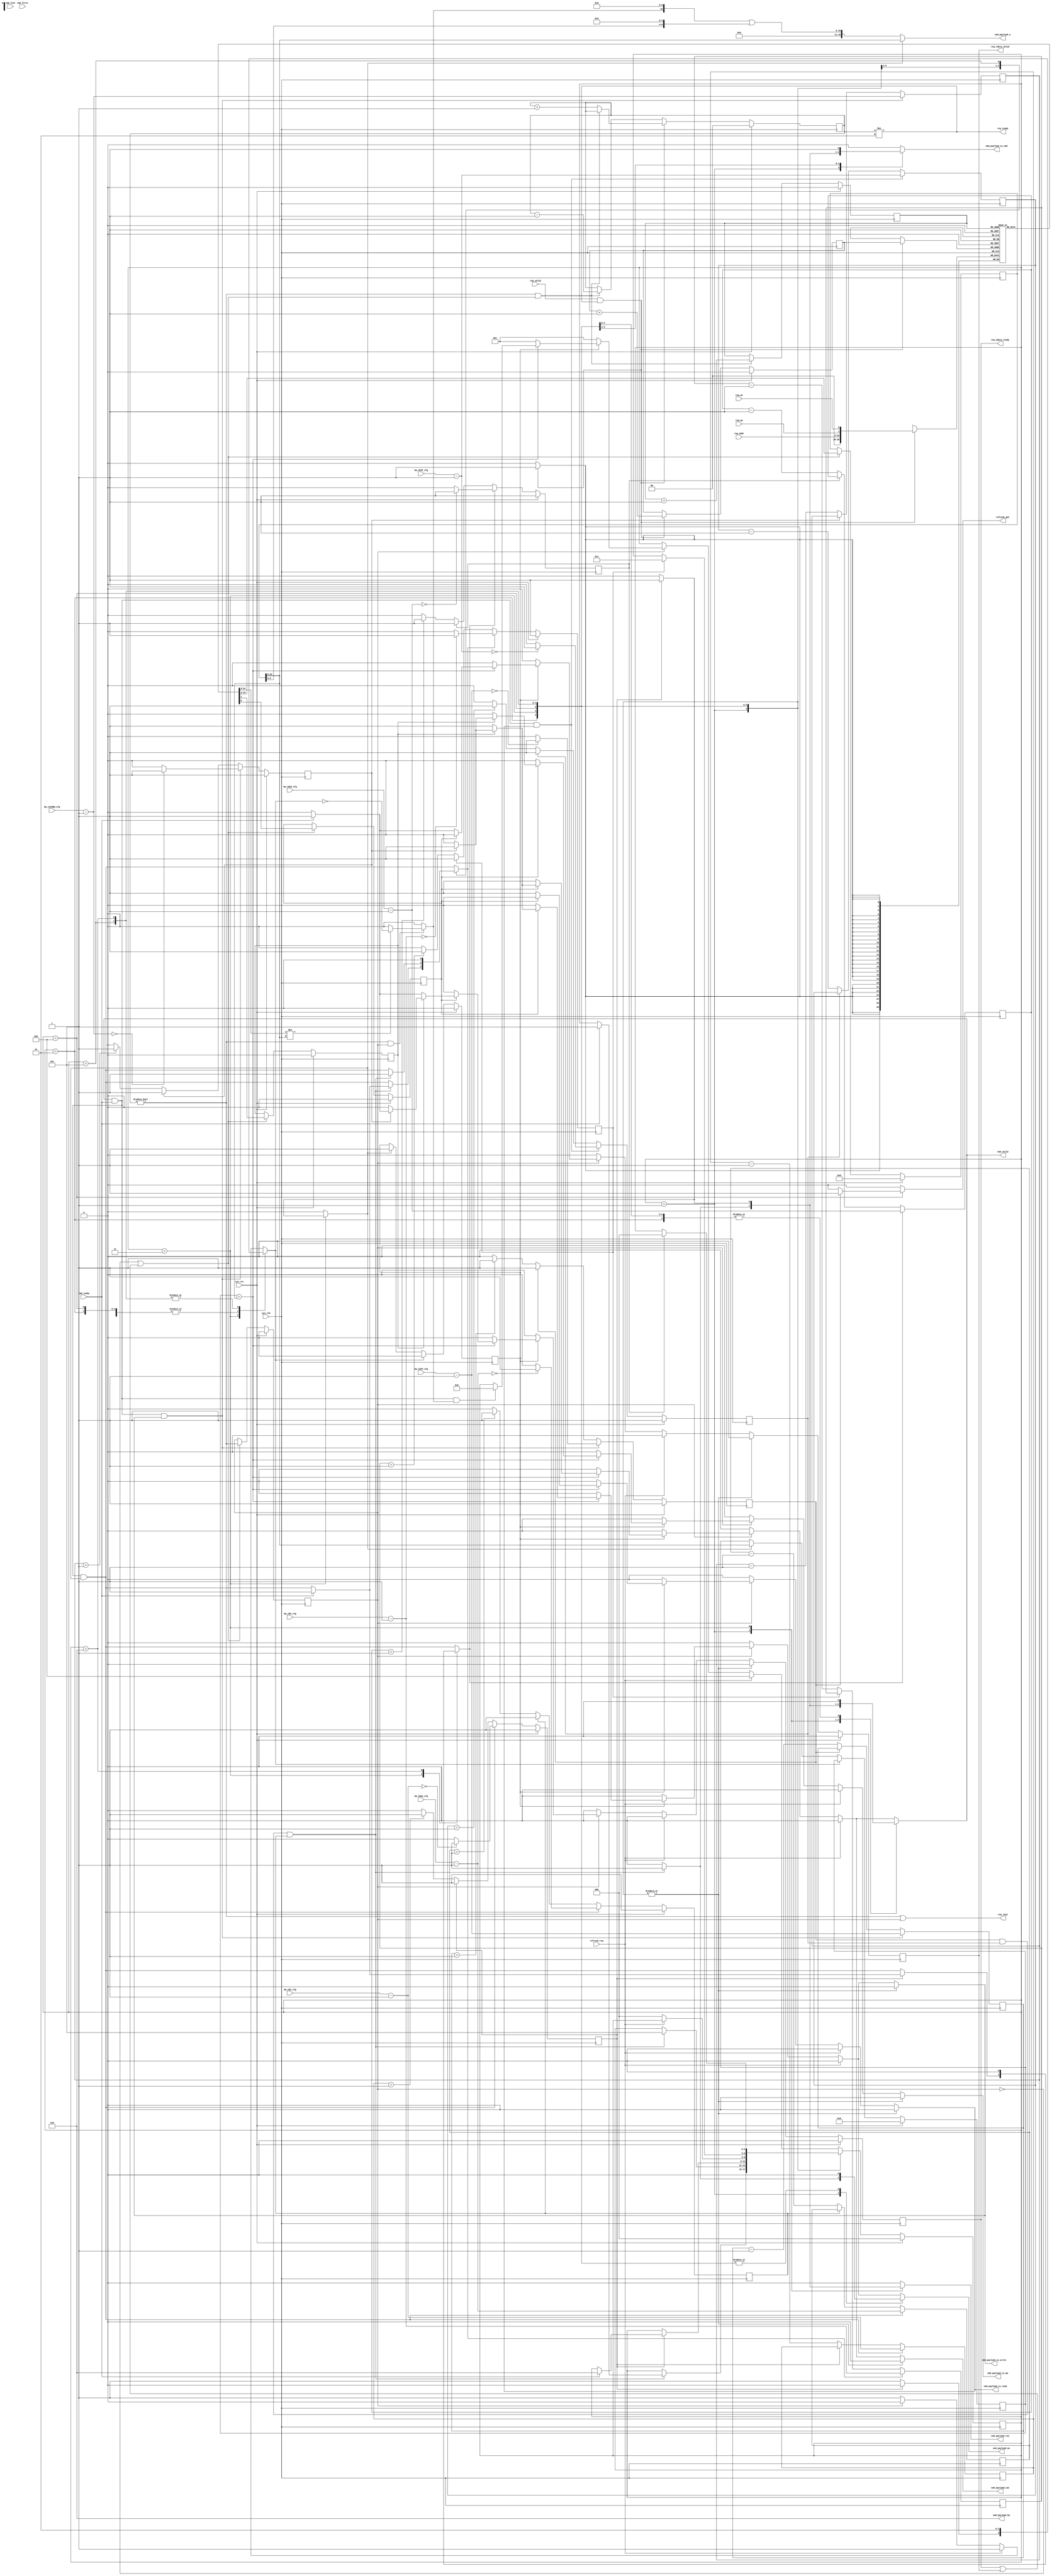
/* Machine-generated using Migen */
module bankmachine_6(
	input req_valid,
	output req_ready,
	input req_mw,
	input req_we,
	input [22:0] req_addr,
	output req_lock,
	output reg req_wdata_ready,
	output reg req_rdata_valid,
	input refresh_req,
	output reg refresh_gnt,
	output reg cmd_valid,
	input cmd_ready,
	input cmd_first,
	input cmd_last,
	output reg [16:0] cmd_payload_a,
	output [2:0] cmd_payload_ba,
	output reg cmd_payload_cas,
	output reg cmd_payload_ras,
	output reg cmd_payload_we,
	output reg cmd_payload_is_cmd,
	output reg cmd_payload_is_read,
	output reg cmd_payload_is_write,
	output reg cmd_payload_is_mw,
	input [7:0] bm_tRTP_cfg,
	input [7:0] bm_tWTP_cfg,
	input [7:0] bm_tRC_cfg,
	input [7:0] bm_tRAS_cfg,
	input [7:0] bm_tRP_cfg,
	input [7:0] bm_tRCD_cfg,
	input [7:0] bm_tCCDMW_cfg,
	input sys_clk,
	input sys_rst
);

reg auto_precharge;
wire cmd_buffer_lookahead_sink_valid;
wire cmd_buffer_lookahead_sink_ready;
reg cmd_buffer_lookahead_sink_first = 1'd0;
reg cmd_buffer_lookahead_sink_last = 1'd0;
wire cmd_buffer_lookahead_sink_payload_we;
wire cmd_buffer_lookahead_sink_payload_mw;
wire [22:0] cmd_buffer_lookahead_sink_payload_addr;
wire cmd_buffer_lookahead_source_valid;
wire cmd_buffer_lookahead_source_ready;
wire cmd_buffer_lookahead_source_first;
wire cmd_buffer_lookahead_source_last;
wire cmd_buffer_lookahead_source_payload_we;
wire cmd_buffer_lookahead_source_payload_mw;
wire [22:0] cmd_buffer_lookahead_source_payload_addr;
wire cmd_buffer_lookahead_syncfifo_we;
wire cmd_buffer_lookahead_syncfifo_writable;
wire cmd_buffer_lookahead_syncfifo_re;
wire cmd_buffer_lookahead_syncfifo_readable;
wire [26:0] cmd_buffer_lookahead_syncfifo_din;
wire [26:0] cmd_buffer_lookahead_syncfifo_dout;
reg [1:0] cmd_buffer_lookahead_level = 2'd0;
reg cmd_buffer_lookahead_replace = 1'd0;
reg cmd_buffer_lookahead_produce = 1'd0;
reg cmd_buffer_lookahead_consume = 1'd0;
reg cmd_buffer_lookahead_wrport_adr;
wire [26:0] cmd_buffer_lookahead_wrport_dat_r;
wire cmd_buffer_lookahead_wrport_we;
wire [26:0] cmd_buffer_lookahead_wrport_dat_w;
wire cmd_buffer_lookahead_do_read;
wire cmd_buffer_lookahead_rdport_adr;
wire [26:0] cmd_buffer_lookahead_rdport_dat_r;
wire cmd_buffer_lookahead_fifo_in_payload_we;
wire cmd_buffer_lookahead_fifo_in_payload_mw;
wire [22:0] cmd_buffer_lookahead_fifo_in_payload_addr;
wire cmd_buffer_lookahead_fifo_in_first;
wire cmd_buffer_lookahead_fifo_in_last;
wire cmd_buffer_lookahead_fifo_out_payload_we;
wire cmd_buffer_lookahead_fifo_out_payload_mw;
wire [22:0] cmd_buffer_lookahead_fifo_out_payload_addr;
wire cmd_buffer_lookahead_fifo_out_first;
wire cmd_buffer_lookahead_fifo_out_last;
wire cmd_buffer_sink_valid;
wire cmd_buffer_sink_ready;
wire cmd_buffer_sink_first;
wire cmd_buffer_sink_last;
wire cmd_buffer_sink_payload_we;
wire cmd_buffer_sink_payload_mw;
wire [22:0] cmd_buffer_sink_payload_addr;
reg cmd_buffer_source_valid = 1'd0;
wire cmd_buffer_source_ready;
reg cmd_buffer_source_first = 1'd0;
reg cmd_buffer_source_last = 1'd0;
reg cmd_buffer_source_payload_we = 1'd0;
reg cmd_buffer_source_payload_mw = 1'd0;
reg [22:0] cmd_buffer_source_payload_addr = 23'd0;
reg [16:0] row = 17'd0;
reg row_opened = 1'd0;
wire row_hit;
reg row_open;
reg row_close;
reg row_col_n_addr_sel;
wire tccdmwcon_valid;
(* no_retiming = "true" *) reg tccdmwcon_ready = 1'd1;
reg [7:0] tccdmwcon_count = 8'd0;
wire trtpcon_valid;
(* no_retiming = "true" *) reg trtpcon_ready = 1'd1;
reg [7:0] trtpcon_count = 8'd0;
wire twtpcon_valid;
(* no_retiming = "true" *) reg twtpcon_ready = 1'd1;
reg [7:0] twtpcon_count = 8'd0;
wire trccon_valid;
(* no_retiming = "true" *) reg trccon_ready = 1'd1;
reg [7:0] trccon_count = 8'd0;
wire trascon_valid;
(* no_retiming = "true" *) reg trascon_ready = 1'd1;
reg [7:0] trascon_count = 8'd0;
reg trpcon_valid;
(* no_retiming = "true" *) reg trpcon_ready = 1'd1;
reg [7:0] trpcon_count = 8'd0;
reg trcdcon_valid;
(* no_retiming = "true" *) reg trcdcon_ready = 1'd1;
reg [7:0] trcdcon_count = 8'd0;
reg [2:0] state = 3'd0;
reg [2:0] next_state;
reg req_rdata_valid_next_value0;
reg req_rdata_valid_next_value_ce0;
reg req_wdata_ready_next_value1;
reg req_wdata_ready_next_value_ce1;

// synthesis translate_off
reg dummy_s;
initial dummy_s <= 1'd0;
// synthesis translate_on

assign cmd_buffer_lookahead_sink_valid = req_valid;
assign req_ready = cmd_buffer_lookahead_sink_ready;
assign cmd_buffer_lookahead_sink_payload_mw = req_mw;
assign cmd_buffer_lookahead_sink_payload_we = req_we;
assign cmd_buffer_lookahead_sink_payload_addr = req_addr;
assign cmd_buffer_sink_valid = cmd_buffer_lookahead_source_valid;
assign cmd_buffer_lookahead_source_ready = cmd_buffer_sink_ready;
assign cmd_buffer_sink_first = cmd_buffer_lookahead_source_first;
assign cmd_buffer_sink_last = cmd_buffer_lookahead_source_last;
assign cmd_buffer_sink_payload_we = cmd_buffer_lookahead_source_payload_we;
assign cmd_buffer_sink_payload_mw = cmd_buffer_lookahead_source_payload_mw;
assign cmd_buffer_sink_payload_addr = cmd_buffer_lookahead_source_payload_addr;
assign cmd_buffer_source_ready = (req_wdata_ready | req_rdata_valid);
assign req_lock = (cmd_buffer_lookahead_source_valid | cmd_buffer_source_valid);
assign row_hit = (row == cmd_buffer_source_payload_addr[22:6]);
assign cmd_payload_ba = 3'd6;

// synthesis translate_off
reg dummy_d;
// synthesis translate_on
always @(*) begin
	cmd_payload_a <= 17'd0;
	if (row_col_n_addr_sel) begin
		cmd_payload_a <= cmd_buffer_source_payload_addr[22:6];
	end else begin
		cmd_payload_a <= ((auto_precharge <<< 4'd10) | {cmd_buffer_source_payload_addr[5:0], {4{1'd0}}});
	end
// synthesis translate_off
	dummy_d <= dummy_s;
// synthesis translate_on
end
assign tccdmwcon_valid = ((cmd_valid & cmd_ready) & cmd_payload_is_write);
assign trtpcon_valid = ((cmd_valid & cmd_ready) & cmd_payload_is_read);
assign twtpcon_valid = ((cmd_valid & cmd_ready) & cmd_payload_is_write);
assign trccon_valid = ((cmd_valid & cmd_ready) & row_open);
assign trascon_valid = ((cmd_valid & cmd_ready) & row_open);

// synthesis translate_off
reg dummy_d_1;
// synthesis translate_on
always @(*) begin
	auto_precharge <= 1'd0;
	if ((cmd_buffer_lookahead_source_valid & cmd_buffer_source_valid)) begin
		if ((cmd_buffer_lookahead_source_payload_addr[22:6] != cmd_buffer_source_payload_addr[22:6])) begin
			auto_precharge <= (row_close == 1'd0);
		end
	end
// synthesis translate_off
	dummy_d_1 <= dummy_s;
// synthesis translate_on
end
assign cmd_buffer_lookahead_syncfifo_din = {cmd_buffer_lookahead_fifo_in_last, cmd_buffer_lookahead_fifo_in_first, cmd_buffer_lookahead_fifo_in_payload_addr, cmd_buffer_lookahead_fifo_in_payload_mw, cmd_buffer_lookahead_fifo_in_payload_we};
assign {cmd_buffer_lookahead_fifo_out_last, cmd_buffer_lookahead_fifo_out_first, cmd_buffer_lookahead_fifo_out_payload_addr, cmd_buffer_lookahead_fifo_out_payload_mw, cmd_buffer_lookahead_fifo_out_payload_we} = cmd_buffer_lookahead_syncfifo_dout;
assign cmd_buffer_lookahead_sink_ready = cmd_buffer_lookahead_syncfifo_writable;
assign cmd_buffer_lookahead_syncfifo_we = cmd_buffer_lookahead_sink_valid;
assign cmd_buffer_lookahead_fifo_in_first = cmd_buffer_lookahead_sink_first;
assign cmd_buffer_lookahead_fifo_in_last = cmd_buffer_lookahead_sink_last;
assign cmd_buffer_lookahead_fifo_in_payload_we = cmd_buffer_lookahead_sink_payload_we;
assign cmd_buffer_lookahead_fifo_in_payload_mw = cmd_buffer_lookahead_sink_payload_mw;
assign cmd_buffer_lookahead_fifo_in_payload_addr = cmd_buffer_lookahead_sink_payload_addr;
assign cmd_buffer_lookahead_source_valid = cmd_buffer_lookahead_syncfifo_readable;
assign cmd_buffer_lookahead_source_first = cmd_buffer_lookahead_fifo_out_first;
assign cmd_buffer_lookahead_source_last = cmd_buffer_lookahead_fifo_out_last;
assign cmd_buffer_lookahead_source_payload_we = cmd_buffer_lookahead_fifo_out_payload_we;
assign cmd_buffer_lookahead_source_payload_mw = cmd_buffer_lookahead_fifo_out_payload_mw;
assign cmd_buffer_lookahead_source_payload_addr = cmd_buffer_lookahead_fifo_out_payload_addr;
assign cmd_buffer_lookahead_syncfifo_re = cmd_buffer_lookahead_source_ready;

// synthesis translate_off
reg dummy_d_2;
// synthesis translate_on
always @(*) begin
	cmd_buffer_lookahead_wrport_adr <= 1'd0;
	if (cmd_buffer_lookahead_replace) begin
		cmd_buffer_lookahead_wrport_adr <= (cmd_buffer_lookahead_produce - 1'd1);
	end else begin
		cmd_buffer_lookahead_wrport_adr <= cmd_buffer_lookahead_produce;
	end
// synthesis translate_off
	dummy_d_2 <= dummy_s;
// synthesis translate_on
end
assign cmd_buffer_lookahead_wrport_dat_w = cmd_buffer_lookahead_syncfifo_din;
assign cmd_buffer_lookahead_wrport_we = (cmd_buffer_lookahead_syncfifo_we & (cmd_buffer_lookahead_syncfifo_writable | cmd_buffer_lookahead_replace));
assign cmd_buffer_lookahead_do_read = (cmd_buffer_lookahead_syncfifo_readable & cmd_buffer_lookahead_syncfifo_re);
assign cmd_buffer_lookahead_rdport_adr = cmd_buffer_lookahead_consume;
assign cmd_buffer_lookahead_syncfifo_dout = cmd_buffer_lookahead_rdport_dat_r;
assign cmd_buffer_lookahead_syncfifo_writable = (cmd_buffer_lookahead_level != 2'd2);
assign cmd_buffer_lookahead_syncfifo_readable = (cmd_buffer_lookahead_level != 1'd0);
assign cmd_buffer_sink_ready = ((~cmd_buffer_source_valid) | cmd_buffer_source_ready);

// synthesis translate_off
reg dummy_d_3;
// synthesis translate_on
always @(*) begin
	refresh_gnt <= 1'd0;
	cmd_valid <= 1'd0;
	cmd_payload_cas <= 1'd0;
	cmd_payload_ras <= 1'd0;
	cmd_payload_we <= 1'd0;
	cmd_payload_is_cmd <= 1'd0;
	cmd_payload_is_read <= 1'd0;
	cmd_payload_is_write <= 1'd0;
	cmd_payload_is_mw <= 1'd0;
	row_open <= 1'd0;
	row_close <= 1'd1;
	row_col_n_addr_sel <= 1'd0;
	trpcon_valid <= 1'd0;
	trcdcon_valid <= 1'd0;
	next_state <= 3'd0;
	req_rdata_valid_next_value0 <= 1'd0;
	req_rdata_valid_next_value_ce0 <= 1'd0;
	req_wdata_ready_next_value1 <= 1'd0;
	req_wdata_ready_next_value_ce1 <= 1'd0;
	trpcon_valid <= ((cmd_valid & cmd_ready) & row_open);
	trcdcon_valid <= ((cmd_valid & cmd_ready) & row_open);
	next_state <= state;
	case (state)
		1'd1: begin
			req_rdata_valid_next_value0 <= 1'd0;
			req_rdata_valid_next_value_ce0 <= 1'd1;
			req_wdata_ready_next_value1 <= 1'd0;
			req_wdata_ready_next_value_ce1 <= 1'd1;
			if (((twtpcon_ready & trtpcon_ready) & trascon_ready)) begin
				cmd_valid <= 1'd1;
				if (cmd_ready) begin
					next_state <= 3'd5;
					trpcon_valid <= 1'd1;
				end
				cmd_payload_ras <= 1'd1;
				cmd_payload_cas <= 1'd0;
				cmd_payload_we <= 1'd1;
				cmd_payload_is_cmd <= 1'd1;
			end
			row_close <= 1'd1;
		end
		2'd2: begin
			req_rdata_valid_next_value0 <= 1'd0;
			req_rdata_valid_next_value_ce0 <= 1'd1;
			req_wdata_ready_next_value1 <= 1'd0;
			req_wdata_ready_next_value_ce1 <= 1'd1;
			if (((twtpcon_ready & trtpcon_ready) & trascon_ready)) begin
				next_state <= 3'd5;
				trpcon_valid <= 1'd1;
			end
			row_close <= 1'd1;
		end
		2'd3: begin
			req_rdata_valid_next_value0 <= 1'd0;
			req_rdata_valid_next_value_ce0 <= 1'd1;
			req_wdata_ready_next_value1 <= 1'd0;
			req_wdata_ready_next_value_ce1 <= 1'd1;
			if (trccon_ready) begin
				row_col_n_addr_sel <= 1'd1;
				row_close <= 1'd0;
				row_open <= 1'd1;
				cmd_valid <= 1'd1;
				cmd_payload_is_cmd <= 1'd1;
				if (cmd_ready) begin
					next_state <= 3'd6;
					trcdcon_valid <= 1'd1;
				end
				cmd_payload_ras <= 1'd1;
			end
		end
		3'd4: begin
			req_rdata_valid_next_value0 <= 1'd0;
			req_rdata_valid_next_value_ce0 <= 1'd1;
			req_wdata_ready_next_value1 <= 1'd0;
			req_wdata_ready_next_value_ce1 <= 1'd1;
			if (twtpcon_ready) begin
				refresh_gnt <= 1'd1;
			end
			row_close <= 1'd1;
			cmd_payload_is_cmd <= 1'd1;
			if ((~refresh_req)) begin
				next_state <= 1'd0;
			end
		end
		3'd5: begin
			req_rdata_valid_next_value0 <= 1'd0;
			req_rdata_valid_next_value_ce0 <= 1'd1;
			req_wdata_ready_next_value1 <= 1'd0;
			req_wdata_ready_next_value_ce1 <= 1'd1;
			row_close <= 1'd0;
			trpcon_valid <= 1'd0;
			if (trpcon_ready) begin
				next_state <= 2'd3;
			end
		end
		3'd6: begin
			req_rdata_valid_next_value0 <= 1'd0;
			req_rdata_valid_next_value_ce0 <= 1'd1;
			req_wdata_ready_next_value1 <= 1'd0;
			req_wdata_ready_next_value_ce1 <= 1'd1;
			row_close <= 1'd0;
			trcdcon_valid <= 1'd0;
			if (trcdcon_ready) begin
				next_state <= 1'd0;
			end
		end
		default: begin
			req_rdata_valid_next_value0 <= 1'd0;
			req_rdata_valid_next_value_ce0 <= 1'd1;
			req_wdata_ready_next_value1 <= 1'd0;
			req_wdata_ready_next_value_ce1 <= 1'd1;
			if (refresh_req) begin
				next_state <= 3'd4;
			end else begin
				if (cmd_buffer_source_valid) begin
					row_close <= 1'd0;
					if (row_opened) begin
						if (row_hit) begin
							if (cmd_buffer_source_payload_we) begin
								if (cmd_buffer_source_payload_mw) begin
									if (tccdmwcon_ready) begin
										cmd_valid <= 1'd1;
										cmd_payload_is_mw <= 1'd1;
										if (cmd_ready) begin
											req_wdata_ready_next_value1 <= 1'd1;
											req_wdata_ready_next_value_ce1 <= 1'd1;
										end else begin
											req_wdata_ready_next_value1 <= 1'd0;
											req_wdata_ready_next_value_ce1 <= 1'd1;
										end
										cmd_payload_is_write <= 1'd1;
										cmd_payload_cas <= 1'd1;
										cmd_payload_we <= 1'd1;
									end else begin
										req_wdata_ready_next_value1 <= 1'd0;
										req_wdata_ready_next_value_ce1 <= 1'd1;
									end
								end else begin
									cmd_valid <= 1'd1;
									cmd_payload_is_mw <= 1'd0;
									if (cmd_ready) begin
										req_wdata_ready_next_value1 <= 1'd1;
										req_wdata_ready_next_value_ce1 <= 1'd1;
									end else begin
										req_wdata_ready_next_value1 <= 1'd0;
										req_wdata_ready_next_value_ce1 <= 1'd1;
									end
									cmd_payload_is_write <= 1'd1;
									cmd_payload_we <= 1'd1;
									cmd_payload_cas <= 1'd1;
								end
							end else begin
								cmd_valid <= 1'd1;
								if (cmd_ready) begin
									req_rdata_valid_next_value0 <= 1'd1;
									req_rdata_valid_next_value_ce0 <= 1'd1;
								end else begin
									req_rdata_valid_next_value0 <= 1'd0;
									req_rdata_valid_next_value_ce0 <= 1'd1;
								end
								cmd_payload_is_read <= 1'd1;
								cmd_payload_cas <= 1'd1;
							end
							if (((cmd_valid & cmd_ready) & auto_precharge)) begin
								next_state <= 2'd2;
							end
						end else begin
							next_state <= 1'd1;
						end
					end else begin
						next_state <= 1'd1;
					end
				end
			end
		end
	endcase
// synthesis translate_off
	dummy_d_3 <= dummy_s;
// synthesis translate_on
end

always @(posedge sys_clk) begin
	if (row_close) begin
		row_opened <= 1'd0;
	end else begin
		if (row_open) begin
			row_opened <= 1'd1;
			row <= cmd_buffer_source_payload_addr[22:6];
		end
	end
	if (((cmd_buffer_lookahead_syncfifo_we & cmd_buffer_lookahead_syncfifo_writable) & (~cmd_buffer_lookahead_replace))) begin
		cmd_buffer_lookahead_produce <= (cmd_buffer_lookahead_produce + 1'd1);
	end
	if (cmd_buffer_lookahead_do_read) begin
		cmd_buffer_lookahead_consume <= (cmd_buffer_lookahead_consume + 1'd1);
	end
	if (((cmd_buffer_lookahead_syncfifo_we & cmd_buffer_lookahead_syncfifo_writable) & (~cmd_buffer_lookahead_replace))) begin
		if ((~cmd_buffer_lookahead_do_read)) begin
			cmd_buffer_lookahead_level <= (cmd_buffer_lookahead_level + 1'd1);
		end
	end else begin
		if (cmd_buffer_lookahead_do_read) begin
			cmd_buffer_lookahead_level <= (cmd_buffer_lookahead_level - 1'd1);
		end
	end
	if (((~cmd_buffer_source_valid) | cmd_buffer_source_ready)) begin
		cmd_buffer_source_valid <= cmd_buffer_sink_valid;
		cmd_buffer_source_first <= cmd_buffer_sink_first;
		cmd_buffer_source_last <= cmd_buffer_sink_last;
		cmd_buffer_source_payload_we <= cmd_buffer_sink_payload_we;
		cmd_buffer_source_payload_mw <= cmd_buffer_sink_payload_mw;
		cmd_buffer_source_payload_addr <= cmd_buffer_sink_payload_addr;
	end
	if (tccdmwcon_valid) begin
		tccdmwcon_count <= (bm_tCCDMW_cfg - 1'd1);
		if (((bm_tCCDMW_cfg - 1'd1) == 1'd0)) begin
			tccdmwcon_ready <= 1'd1;
		end else begin
			tccdmwcon_ready <= 1'd0;
		end
	end else begin
		if ((~tccdmwcon_ready)) begin
			tccdmwcon_count <= (tccdmwcon_count - 1'd1);
			if ((tccdmwcon_count == 1'd1)) begin
				tccdmwcon_ready <= 1'd1;
			end
		end
	end
	if (trtpcon_valid) begin
		trtpcon_count <= (bm_tRTP_cfg - 1'd1);
		if (((bm_tRTP_cfg - 1'd1) == 1'd0)) begin
			trtpcon_ready <= 1'd1;
		end else begin
			trtpcon_ready <= 1'd0;
		end
	end else begin
		if ((~trtpcon_ready)) begin
			trtpcon_count <= (trtpcon_count - 1'd1);
			if ((trtpcon_count == 1'd1)) begin
				trtpcon_ready <= 1'd1;
			end
		end
	end
	if (twtpcon_valid) begin
		twtpcon_count <= (bm_tWTP_cfg - 1'd1);
		if (((bm_tWTP_cfg - 1'd1) == 1'd0)) begin
			twtpcon_ready <= 1'd1;
		end else begin
			twtpcon_ready <= 1'd0;
		end
	end else begin
		if ((~twtpcon_ready)) begin
			twtpcon_count <= (twtpcon_count - 1'd1);
			if ((twtpcon_count == 1'd1)) begin
				twtpcon_ready <= 1'd1;
			end
		end
	end
	if (trccon_valid) begin
		trccon_count <= (bm_tRC_cfg - 1'd1);
		if (((bm_tRC_cfg - 1'd1) == 1'd0)) begin
			trccon_ready <= 1'd1;
		end else begin
			trccon_ready <= 1'd0;
		end
	end else begin
		if ((~trccon_ready)) begin
			trccon_count <= (trccon_count - 1'd1);
			if ((trccon_count == 1'd1)) begin
				trccon_ready <= 1'd1;
			end
		end
	end
	if (trascon_valid) begin
		trascon_count <= (bm_tRAS_cfg - 1'd1);
		if (((bm_tRAS_cfg - 1'd1) == 1'd0)) begin
			trascon_ready <= 1'd1;
		end else begin
			trascon_ready <= 1'd0;
		end
	end else begin
		if ((~trascon_ready)) begin
			trascon_count <= (trascon_count - 1'd1);
			if ((trascon_count == 1'd1)) begin
				trascon_ready <= 1'd1;
			end
		end
	end
	if (trpcon_valid) begin
		trpcon_count <= (bm_tRP_cfg - 1'd1);
		if (((bm_tRP_cfg - 1'd1) == 1'd0)) begin
			trpcon_ready <= 1'd1;
		end else begin
			trpcon_ready <= 1'd0;
		end
	end else begin
		if ((~trpcon_ready)) begin
			trpcon_count <= (trpcon_count - 1'd1);
			if ((trpcon_count == 1'd1)) begin
				trpcon_ready <= 1'd1;
			end
		end
	end
	if (trcdcon_valid) begin
		trcdcon_count <= (bm_tRCD_cfg - 1'd1);
		if (((bm_tRCD_cfg - 1'd1) == 1'd0)) begin
			trcdcon_ready <= 1'd1;
		end else begin
			trcdcon_ready <= 1'd0;
		end
	end else begin
		if ((~trcdcon_ready)) begin
			trcdcon_count <= (trcdcon_count - 1'd1);
			if ((trcdcon_count == 1'd1)) begin
				trcdcon_ready <= 1'd1;
			end
		end
	end
	state <= next_state;
	if (req_rdata_valid_next_value_ce0) begin
		req_rdata_valid <= req_rdata_valid_next_value0;
	end
	if (req_wdata_ready_next_value_ce1) begin
		req_wdata_ready <= req_wdata_ready_next_value1;
	end
	if (sys_rst) begin
		req_wdata_ready <= 1'd0;
		req_rdata_valid <= 1'd0;
		cmd_buffer_lookahead_level <= 2'd0;
		cmd_buffer_lookahead_produce <= 1'd0;
		cmd_buffer_lookahead_consume <= 1'd0;
		cmd_buffer_source_valid <= 1'd0;
		cmd_buffer_source_payload_we <= 1'd0;
		cmd_buffer_source_payload_mw <= 1'd0;
		cmd_buffer_source_payload_addr <= 23'd0;
		row <= 17'd0;
		row_opened <= 1'd0;
		tccdmwcon_ready <= 1'd1;
		trtpcon_ready <= 1'd1;
		twtpcon_ready <= 1'd1;
		trccon_ready <= 1'd1;
		trascon_ready <= 1'd1;
		trpcon_ready <= 1'd1;
		trcdcon_ready <= 1'd1;
		state <= 3'd0;
	end
end

reg [26:0] storage[0:1];
reg [26:0] memdat;
always @(posedge sys_clk) begin
	if (cmd_buffer_lookahead_wrport_we)
		storage[cmd_buffer_lookahead_wrport_adr] <= cmd_buffer_lookahead_wrport_dat_w;
	memdat <= storage[cmd_buffer_lookahead_wrport_adr];
end

always @(posedge sys_clk) begin
end

assign cmd_buffer_lookahead_wrport_dat_r = memdat;
assign cmd_buffer_lookahead_rdport_dat_r = storage[cmd_buffer_lookahead_rdport_adr];

endmodule